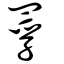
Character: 罦